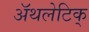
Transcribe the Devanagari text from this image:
अॅथलेटिक्